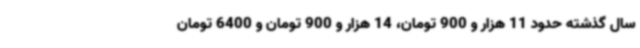
سال گذشته حدود 11 هزار و 900 تومان، 14 هزار و 900 تومان و 6400 تومان